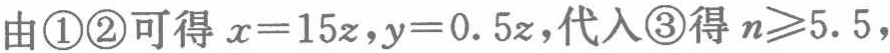
由\textcircled{1}\textcircled{2}可得 \(x = 15z,y = 0.5z\)，代入\textcircled{3}得 \(n\geqslant5.5\)，